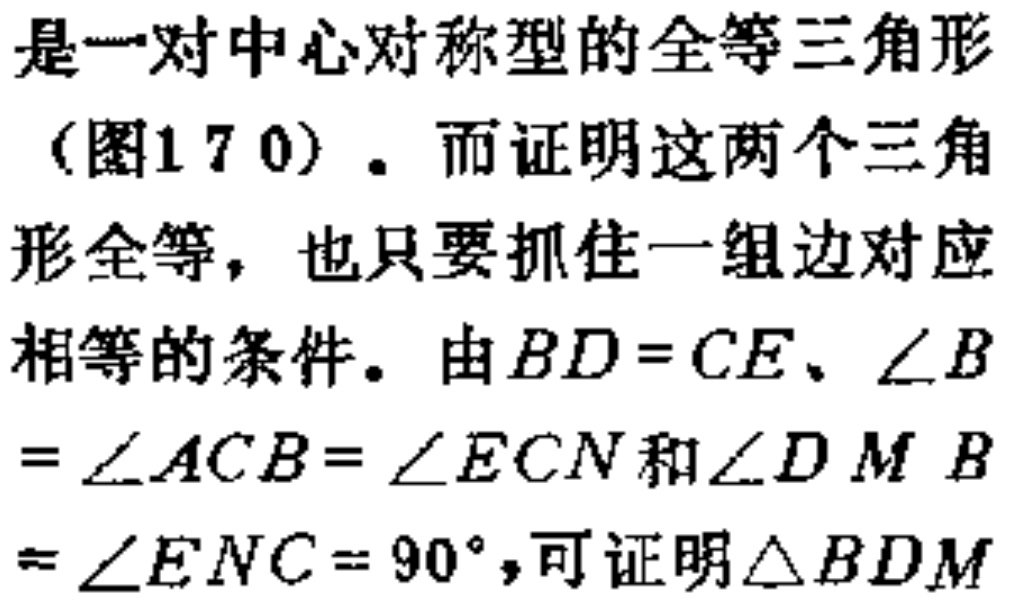
是一对中心对称型的全等三角形

（图17 0）. 而证明这两个三角

形全等，也只要抓住一组边对应

相等的条件。由\(BD = CE\)、\(\angle B\)

\(=\angle ACB=\angle ECN\)和\(\angle DMB\)

\(=\angle ENC = 90^{\circ}\)，可证明\(\triangle BDM\)